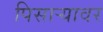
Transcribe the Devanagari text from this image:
पिसाऱ्यावर